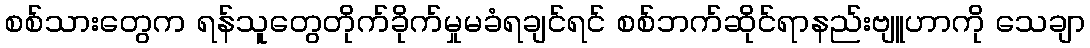
စစ်သားတွေက ရန်သူတွေတိုက်ခိုက်မှုမခံရချင်ရင် စစ်ဘက်ဆိုင်ရာနည်းဗျူဟာကို သေချာ